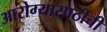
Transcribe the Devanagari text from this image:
आरोग्यासाठीची